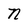
Character: N